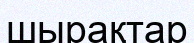
шырақтар